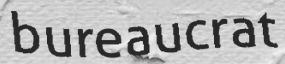
bureaucrat